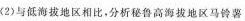
(2)与低海拔地区相比，分析秘鲁高海拔地区马铃薯